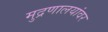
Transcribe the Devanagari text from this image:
मुद्रणालयांवर